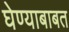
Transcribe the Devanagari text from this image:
घेण्याबाबत